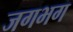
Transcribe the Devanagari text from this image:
जगभग